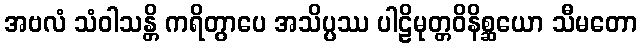
အဗလံ သံဝါသန္တိ ကရိတွာပေ အသိပ္ပဿ ပါဠိမုတ္တဝိနိစ္ဆယော သီမတော